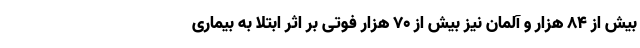
بیش از ۸۴ هزار و آلمان نیز بیش از ۷۰ هزار فوتی بر اثر ابتلا به بیماری